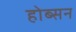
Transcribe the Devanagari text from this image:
होब्सन